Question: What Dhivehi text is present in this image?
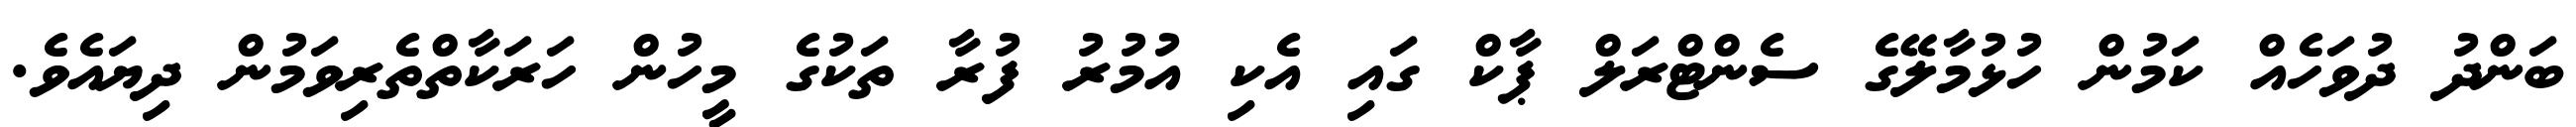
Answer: ބަންދު ދުވަހެއް ކަމުން ހުޅުމާލޭގެ ސެންޓްރަލް ޕާކް ގައި އެކި އުމުރު ފުރާ ތަކުގެ މީހުން ހަރަކާތްތެރިވަމުން ދިޔައެވެ.